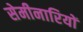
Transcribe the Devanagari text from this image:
सेमीनारियों